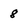
Character: 8